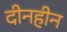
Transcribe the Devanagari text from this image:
दीनहीन